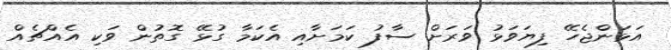
އަޅަންޖެހޭ ފިޔަވަޅު ވަރަށް ސާފު ކަމަށާއި އެކަމާ ގުޅޭ ގޮތުން ވަކި އެއްޗެއް